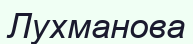
Лухманова